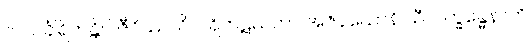
သသင်္ခါရိကန္တိပိ ဇီဝိဿသိ ပါရိဘဋယတာ အဇိနယောနိ သီလက္ခန္ဓေနာတိ